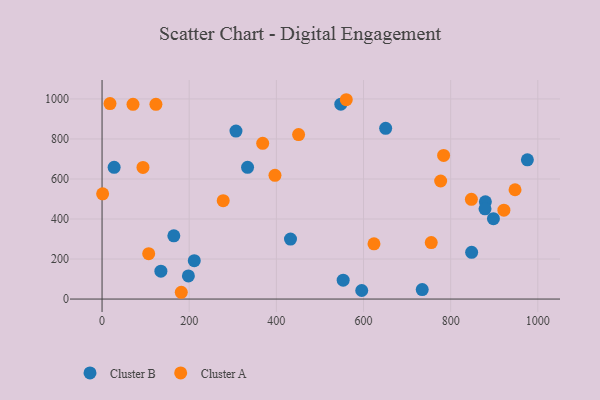
{"axis": {"x": "Study Hours", "y": "Demand"}, "legend": ["Cluster A", "Cluster B"], "data": [{"x": "211.6", "y": 191.7, "type": "Cluster B"}, {"x": "198.1", "y": 115.8, "type": "Cluster B"}, {"x": "879.6", "y": 485.8, "type": "Cluster B"}, {"x": "135.0", "y": 139.6, "type": "Cluster B"}, {"x": "432.4", "y": 299.6, "type": "Cluster B"}, {"x": "164.7", "y": 316.2, "type": "Cluster B"}, {"x": "878.8", "y": 450.8, "type": "Cluster B"}, {"x": "976.0", "y": 695.7, "type": "Cluster B"}, {"x": "650.8", "y": 853.4, "type": "Cluster B"}, {"x": "27.7", "y": 658.6, "type": "Cluster B"}, {"x": "553.3", "y": 94.2, "type": "Cluster B"}, {"x": "333.9", "y": 658.4, "type": "Cluster B"}, {"x": "595.9", "y": 42.7, "type": "Cluster B"}, {"x": "898.1", "y": 401.9, "type": "Cluster B"}, {"x": "734.7", "y": 47.4, "type": "Cluster B"}, {"x": "547.9", "y": 974.1, "type": "Cluster B"}, {"x": "848.1", "y": 233.5, "type": "Cluster B"}, {"x": "307.3", "y": 839.5, "type": "Cluster B"}, {"x": "783.8", "y": 718.0, "type": "Cluster A"}, {"x": "777.0", "y": 590.0, "type": "Cluster A"}, {"x": "560.4", "y": 996.2, "type": "Cluster A"}, {"x": "451.0", "y": 822.0, "type": "Cluster A"}, {"x": "278.0", "y": 491.7, "type": "Cluster A"}, {"x": "181.8", "y": 33.9, "type": "Cluster A"}, {"x": "93.9", "y": 658.1, "type": "Cluster A"}, {"x": "396.8", "y": 618.3, "type": "Cluster A"}, {"x": "755.4", "y": 282.5, "type": "Cluster A"}, {"x": "18.2", "y": 977.2, "type": "Cluster A"}, {"x": "71.0", "y": 973.3, "type": "Cluster A"}, {"x": "922.1", "y": 444.3, "type": "Cluster A"}, {"x": "624.0", "y": 275.8, "type": "Cluster A"}, {"x": "947.7", "y": 546.3, "type": "Cluster A"}, {"x": "107.0", "y": 226.7, "type": "Cluster A"}, {"x": "368.6", "y": 778.1, "type": "Cluster A"}, {"x": "123.6", "y": 973.3, "type": "Cluster A"}, {"x": "847.5", "y": 498.4, "type": "Cluster A"}, {"x": "1.3", "y": 525.8, "type": "Cluster A"}]}